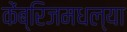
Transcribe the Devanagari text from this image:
केंब्रिजमधल्या